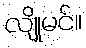
လျိုမင်။